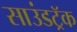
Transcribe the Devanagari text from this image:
साउंडट्रॅक